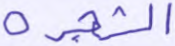
والشجرة